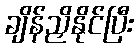
ချိန်ညှိနိုင်ပြီး